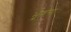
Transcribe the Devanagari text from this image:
भूचंगा